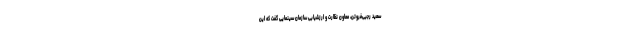
سعید رجبی‌فروتن، معاون نظارت و ارزشیابی سازمان سینمایی گفت که این